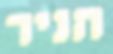
הניר